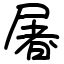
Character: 屠